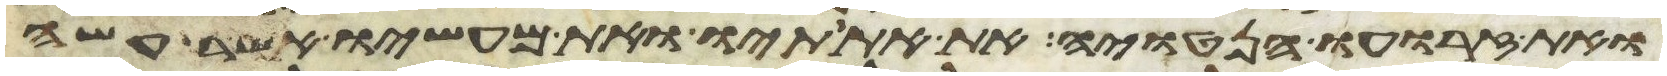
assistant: ואת זרועו הנטויה את אתותיו ואת מעשיו אשר עשה